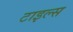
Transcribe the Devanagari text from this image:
टाइल्‍स